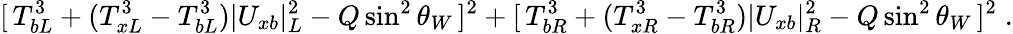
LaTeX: [\, T_{bL}^{3}+(T_{xL}^{3}-T_{bL}^{3})|U_{xb}|_{L}^{2}-Q\sin^{2}\theta_{W}\, ]^{2}+[\, T_{bR}^{3}+(T_{xR}^{3}-T_{bR}^{3})|U_{xb}|_{R}^{2}-Q\sin^{2}\theta_{W}\, ]^{2}\; .